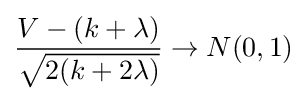
{\frac {V-(k+\lambda )}{\sqrt {2(k+2\lambda )}}}\to N(0,1)